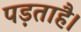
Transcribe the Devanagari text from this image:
पड़ताहै।